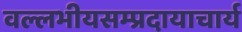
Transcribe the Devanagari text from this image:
वल्लभीयसम्प्रदायाचार्य